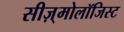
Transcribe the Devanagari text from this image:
सीज़्मोलॉजिस्ट